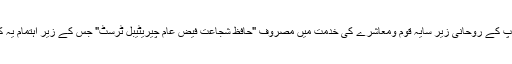
ساتھ ہی حافظ جی رح ہی کے نام سے موسوم ، اور آپ کے روحانی زیر سایہ قوم ومعاشرے کی خدمت میں مصروف "حافظ شُجاعت فیضِ عام چیریٹیبل ٹرسٹ" جس کے زیر اہتمام یہ کتاب شائع کی گئی اس کے تمام ذمہ داران وکارکنان ۔